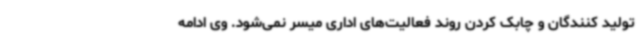
تولید کنندگان و چابک کردن روند فعالیت‌های اداری میسر نمی‌شود. وی ادامه